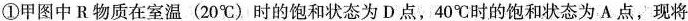
①甲图中R物质在室温 (20℃) 时的饱和状态为D点，40℃时的饱和状态为 A 点，现将